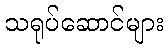
သရုပ်ဆောင်များ